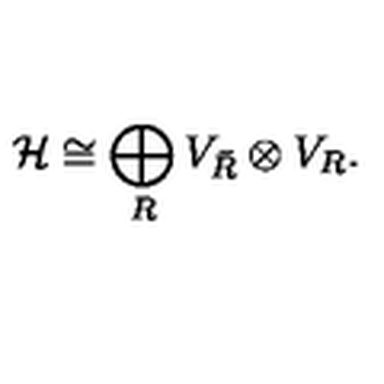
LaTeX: { \cal H } \cong \bigoplus _ { R } V _ { \bar { R } } \otimes V _ { R } .